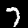
Digit: 7